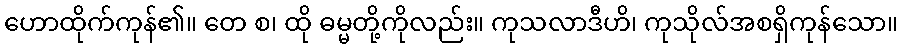
ဟောထိုက်ကုန်၏။ တေ စ၊ ထို ဓမ္မတို့ကိုလည်း။ ကုသလာဒီဟိ၊ ကုသိုလ်အစရှိကုန်သော။